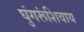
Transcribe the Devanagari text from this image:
घुंगरूंशिवाय